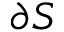
\partial S